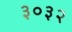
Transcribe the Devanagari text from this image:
३०३२